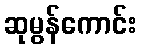
ဆုမွန်ကောင်း